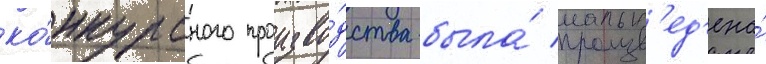
ко́нкурсного произво́дства была́ произв'ед'ена́